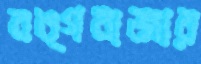
বঙ্গবাজার